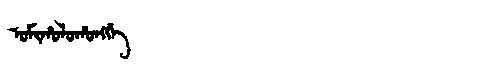
Manchu: ᠣᠮᡳᡥᠣᠯᠣᡥᠣᠩᡤᡝ
Romanization: OMIHOLOHONGGE